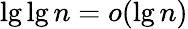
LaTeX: \lg\lg n=o(\lg n)